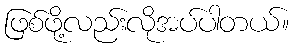
ဖြစ်ဖို့လည်းလိုအပ်ပါတယ်။